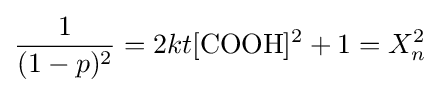
{\frac {1}{(1-p)^{2}}}=2kt[{\ce {COOH}}]^{2}+1=X_{n}^{2}